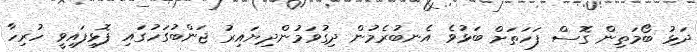
ދަޅު ބޯމަތިން ގޮސް ފަހަތަށް ބަޅުވެ އެނބުރެމުން ދިގުވަމުންދިޔައިރު ޖަންބުގަހުގައި ފޮޅިފައިވީ ހުރިހާ